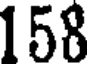
158